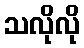
သလိုလို